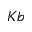
K b